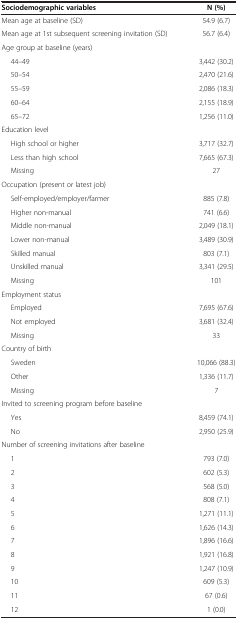
<table><thead><tr><td><b>Sociodemographic variables</b></td><td><b>N (%)</b></td></tr></thead><tbody><tr><td>Mean age at baseline (SD)</td><td>54.9 (6.7)</td></tr><tr><td>Mean age at 1st subsequent screening invitation (SD)</td><td>56.7 (6.4)</td></tr><tr><td>Age group at baseline (years)</td><td> </td></tr><tr><td>44–49</td><td>3,442 (30.2)</td></tr><tr><td>50–54</td><td>2,470 (21.6)</td></tr><tr><td>55–59</td><td>2,086 (18.3)</td></tr><tr><td>60–64</td><td>2,155 (18.9)</td></tr><tr><td>65–72</td><td>1,256 (11.0)</td></tr><tr><td>Education level</td><td> </td></tr><tr><td>High school or higher</td><td>3,717 (32.7)</td></tr><tr><td>Less than high school</td><td>7,665 (67.3)</td></tr><tr><td>Missing</td><td>27</td></tr><tr><td>Occupation (present or latest job)</td><td> </td></tr><tr><td>Self-employed/employer/farmer</td><td>885 (7.8)</td></tr><tr><td>Higher non-manual</td><td>741 (6.6)</td></tr><tr><td>Middle non-manual</td><td>2,049 (18.1)</td></tr><tr><td>Lower non-manual</td><td>3,489 (30.9)</td></tr><tr><td>Skilled manual</td><td>803 (7.1)</td></tr><tr><td>Unskilled manual</td><td>3,341 (29.5)</td></tr><tr><td>Missing</td><td>101</td></tr><tr><td>Employment status</td><td> </td></tr><tr><td>Employed</td><td>7,695 (67.6)</td></tr><tr><td>Not employed</td><td>3,681 (32.4)</td></tr><tr><td>Missing</td><td>33</td></tr><tr><td>Country of birth</td><td> </td></tr><tr><td>Sweden</td><td>10,066 (88.3)</td></tr><tr><td>Other</td><td>1,336 (11.7)</td></tr><tr><td>Missing</td><td>7</td></tr><tr><td>Invited to screening program before baseline</td><td> </td></tr><tr><td>Yes</td><td>8,459 (74.1)</td></tr><tr><td>No</td><td>2,950 (25.9)</td></tr><tr><td>Number of screening invitations after baseline</td><td> </td></tr><tr><td>1</td><td>793 (7.0)</td></tr><tr><td>2</td><td>602 (5.3)</td></tr><tr><td>3</td><td>568 (5.0)</td></tr><tr><td>4</td><td>808 (7.1)</td></tr><tr><td>5</td><td>1,271 (11.1)</td></tr><tr><td>6</td><td>1,626 (14.3)</td></tr><tr><td>7</td><td>1,896 (16.6)</td></tr><tr><td>8</td><td>1,921 (16.8)</td></tr><tr><td>9</td><td>1,247 (10.9)</td></tr><tr><td>10</td><td>609 (5.3)</td></tr><tr><td>11</td><td>67 (0.6)</td></tr><tr><td>12</td><td>1 (0.0)</td></tr></tbody></table>